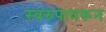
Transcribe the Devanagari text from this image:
स्वरुपावरून